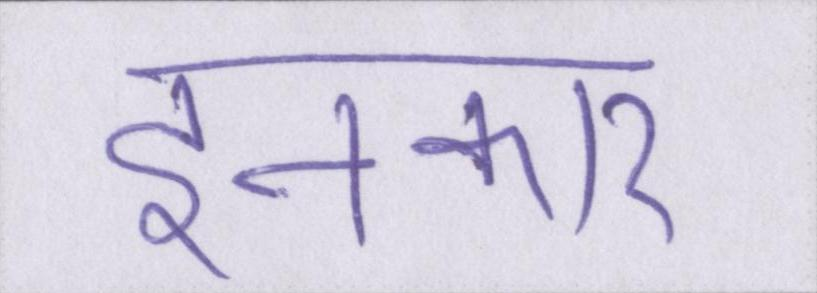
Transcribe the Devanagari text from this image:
इनकार